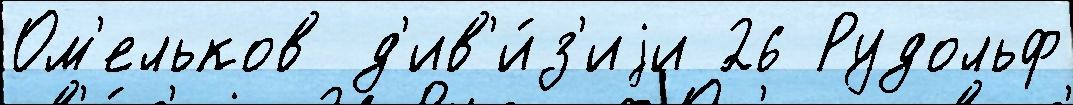
Ом'ельков д'ив'и́з'иjи 26 Рудольф